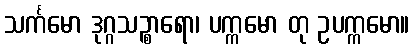
သင်္ကမော ဒုဂ္ဂသဉ္စာရော၊ ပက္ကမော တု ဥပက္ကမော။